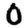
Digit: 0